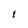
Character: t